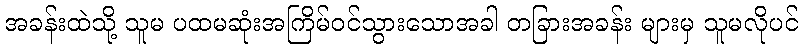
အခန်းထဲသို့ သူမ ပထမဆုံးအကြိမ်ဝင်သွားသောအခါ တခြားအခန်း များမှ သူမလိုပင်